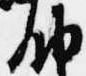
納